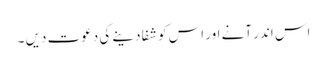
اس اندر آنے اور اس کو شفا دینے کی دعوت دیں ۔